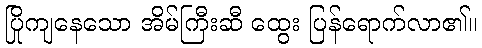
ပြိုကျနေသော အိမ်ကြီးဆီ ထွေး ပြန်ရောက်လာ၏။